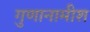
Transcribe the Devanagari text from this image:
गुणानामीश